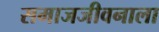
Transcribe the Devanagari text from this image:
समाजजीवनाला